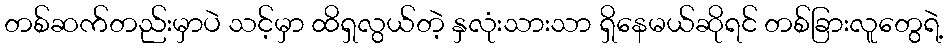
တစ်ဆက်တည်းမှာပဲ သင့်မှာ ထိရှလွယ်တဲ့ နှလုံးသားသာ ရှိနေမယ်ဆိုရင် တစ်ခြားလူတွေရဲ့